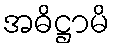
အဓိဋ္ဌာမိ